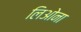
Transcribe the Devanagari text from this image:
लिओना